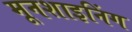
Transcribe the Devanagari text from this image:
मूनशाइनिंग